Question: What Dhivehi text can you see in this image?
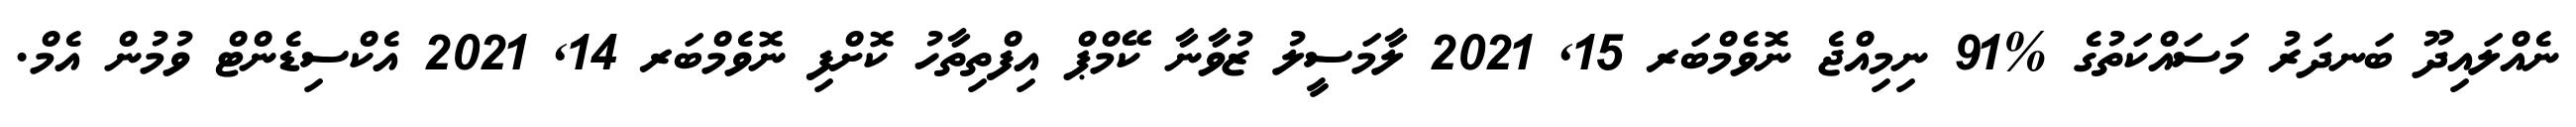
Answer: ނެއްލައިދޫ ބަނދަރު މަސައްކަތުގެ %91 ނިމިއްޖެ ނޮވެމްބަރ 15, 2021 ލާމަސީލު ޒުވާނާ ކޭމްޕް އިފްތިތާހު ކޮށްފި ނޮވެމްބަރ 14, 2021 އެކްސިޑެންޓް ވުމުން އެމް.